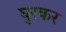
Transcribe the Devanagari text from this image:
घुरकर